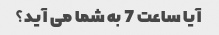
آیا ساعت 7 به شما می آید؟